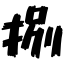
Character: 捌